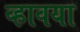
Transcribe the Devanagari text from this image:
व्हावया